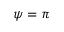
\psi = \pi